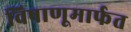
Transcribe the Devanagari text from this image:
विषाणूमार्फत